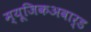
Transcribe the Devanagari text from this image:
म्यूजिकअवार्ड